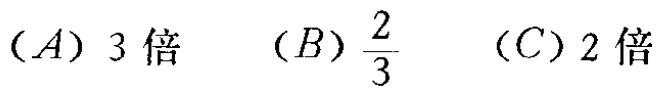
$(A)\ 3\text{倍}\quad (B)\ \frac{2}{3}\quad (C)\ 2\text{倍}$